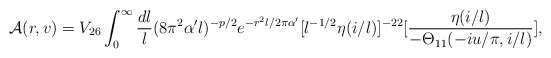
\begin{align*}{\cal A}(r,v) = V_{26} \int_{0}^{\infty} {{dl}\over{l}} (8\pi^2\alpha'l)^{-p/2} e^{-r^2l/2\pi\alpha'} [l^{-1/2} \eta(i/l)]^{-22}[{{\eta(i/l)}\over{ - \Theta_{11}(-iu/\pi,i/l)}}],\end{align*}